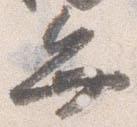
弁